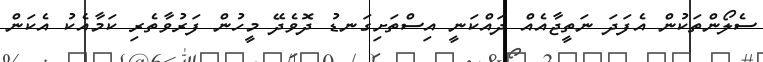
ސެލޯންތަކުން އެފަދަ ނަތީޖާއެއް ދައްކަނީ އިސްތަށިގަނޑު ދޮވެދޭ މީހުން ފަރުވާތެރި ކަމާއެކު އެކަން